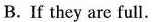
B.If they are full.